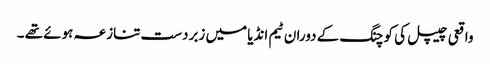
واقعی چیپل کی کوچنگ کے دوران ٹیم انڈیا میں زبردست تنازعہ ہوئے تھے ۔